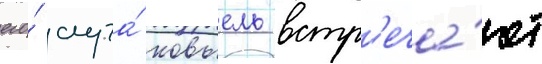
его́ слуга́ ковьель встр'еча́ют